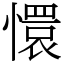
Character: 懁